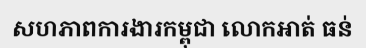
សហភាពការងារកម្ពុជា លោកអាត់ ធន់